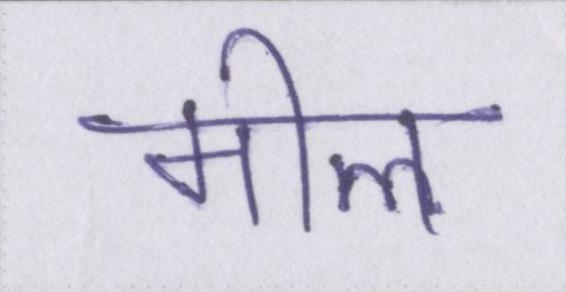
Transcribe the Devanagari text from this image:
मील